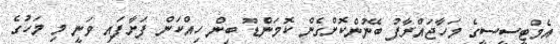
އެމްޓީސީސީގެ މަހާޖައްރާފު ބޭނުންކޮށްގެން ކޮމަންޑޫ ބިން ހިއްކަން ފަށާފައި ވަނީ މި މަހުގެ